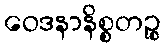
ဝေဒနာနိစ္စတဉ္စ